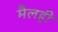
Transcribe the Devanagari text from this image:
मैलही